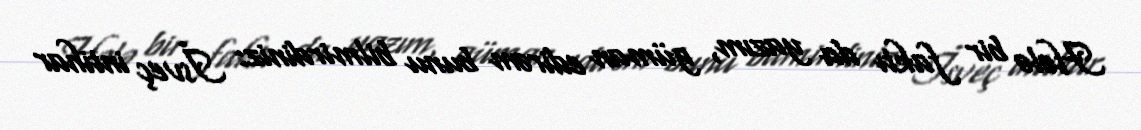
Hələ bir faktı da yazım, güman edirəm bunu bilmirdiniz: İsveç intihar